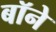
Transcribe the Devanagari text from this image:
बॉने